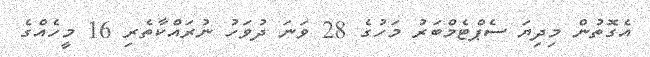
އެގޮތުން މިދިޔަ ސެޕްޓެމްބަރު މަހުގެ 28 ވަނަ ދުވަހު ނުރައްކާތެރި 16 މީހެއްގެ